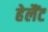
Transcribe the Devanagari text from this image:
हेलैंट